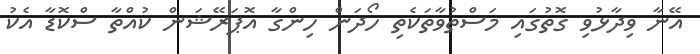
އޭނާ ވިދާޅުވި ގޮތުގައި މަސްތުވާތަކެތި ހޯދަން ހިންގާ އޮޕަރޭޝަން ކުއްތާ ސްކޮޑާ އެކު